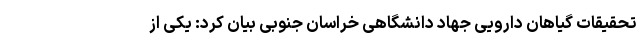
تحقیقات گیاهان دارویی جهاد دانشگاهی خراسان جنوبی بیان کرد: یکی از